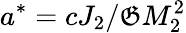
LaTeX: a^{*}=cJ_{2}/\mathfrak{G}M_{2}^{2}